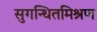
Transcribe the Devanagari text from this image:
सुगन्धितमिश्रण